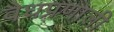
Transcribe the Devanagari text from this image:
वैधप्रणाली